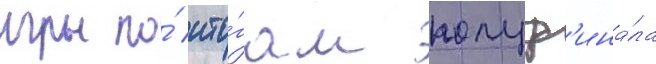
игры по́ ито́гам полуф'ина́ла